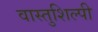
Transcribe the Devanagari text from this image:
वास्‍तुशिल्‍पी